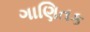
ગાણિતક